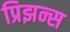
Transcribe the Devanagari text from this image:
प्रिझन्स